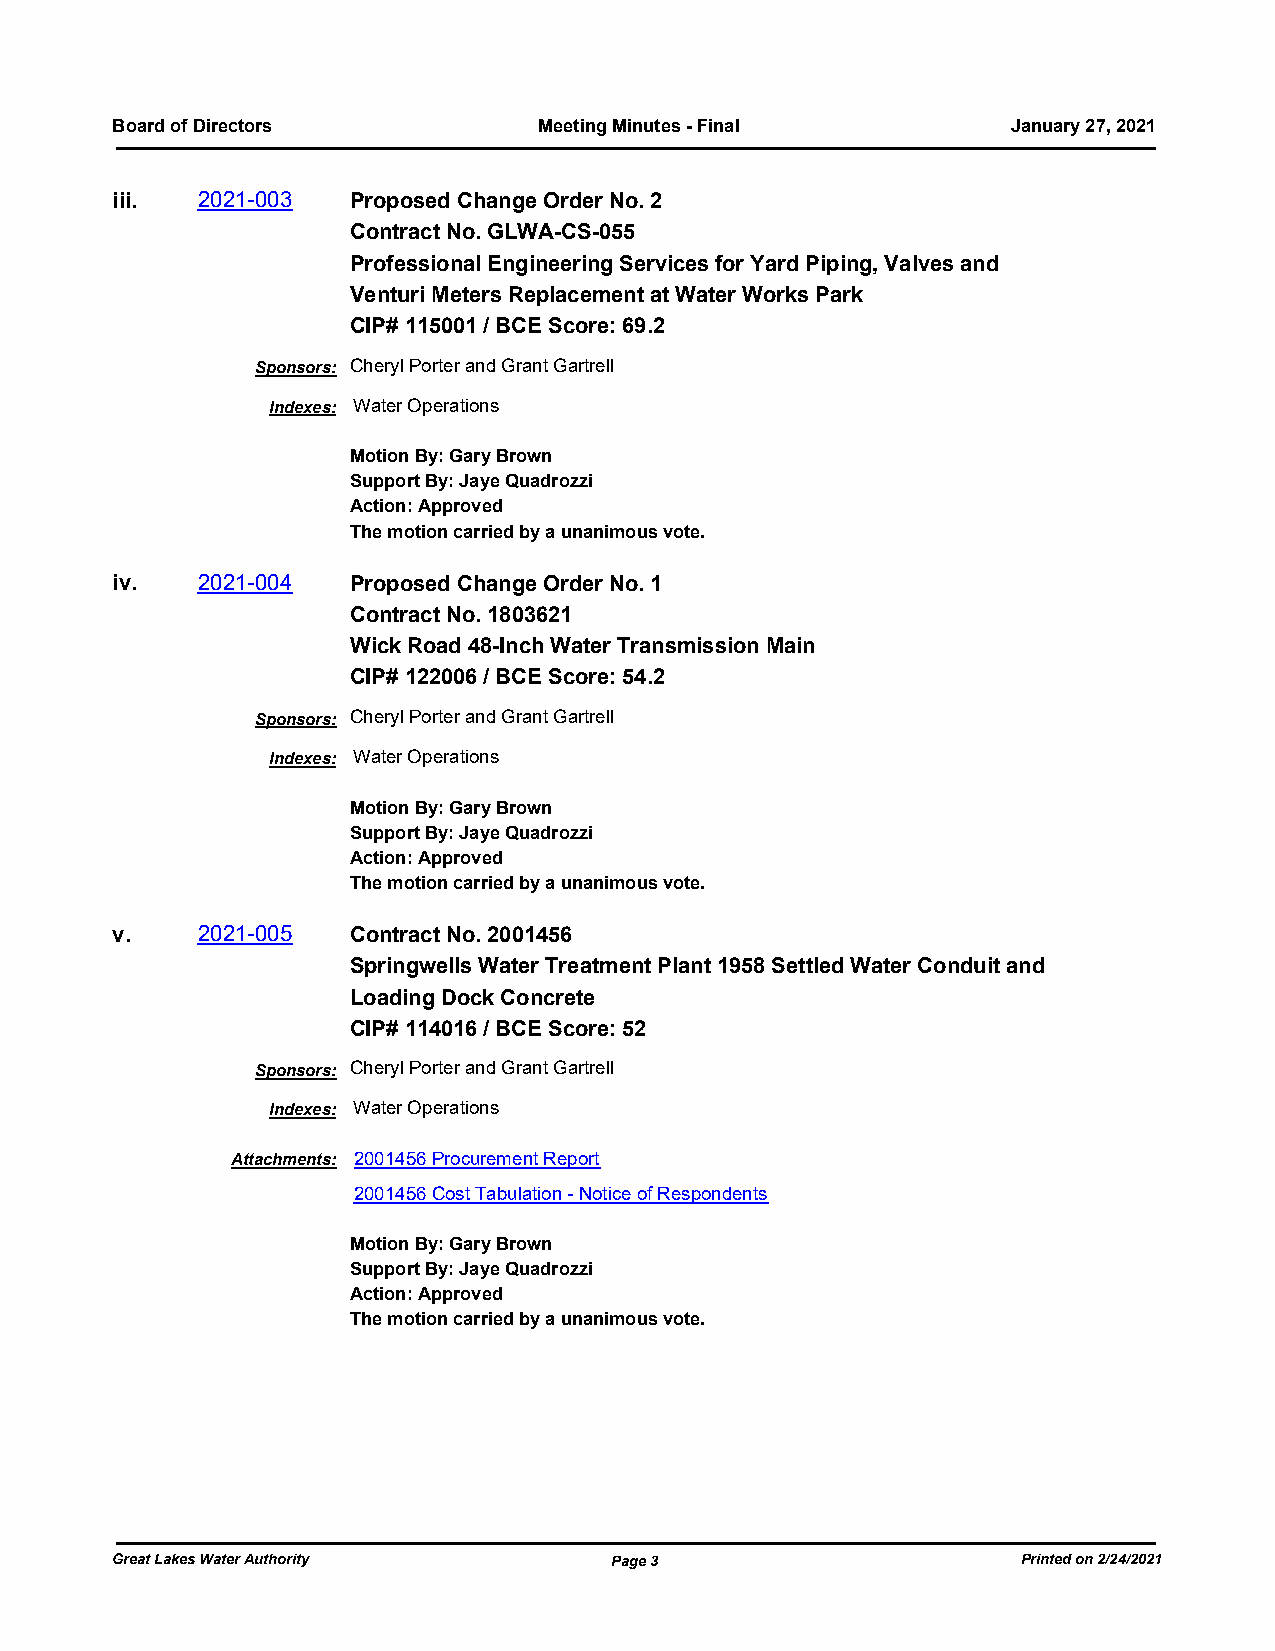
Board of Directors           Meeting Minutes - Final        January 27, 2021
 iii.  2021-003  Proposed Change Order No. 2
 Contract No. GLWA-CS-055
 Professional Engineering Services for Yard Piping, Valves and
 Venturi Meters Replacement at Water Works Park
 CIP# 115001 / BCE Score: 69.2
 Sponsors: Cheryl Porter and Grant Gartrell
 Indexes: Water Operations
 Motion By: Gary Brown
 Support By: Jaye Quadrozzi
 Action: Approved
 The motion carried by a unanimous vote.
 iv.   2021-004  Proposed Change Order No. 1
 Contract No. 1803621
 Wick Road 48-Inch Water Transmission Main
 CIP# 122006 / BCE Score: 54.2
 Sponsors: Cheryl Porter and Grant Gartrell
 Indexes: Water Operations
 Motion By: Gary Brown
 Support By: Jaye Quadrozzi
 Action: Approved
 The motion carried by a unanimous vote.
 v.    2021-005  Contract No. 2001456
 Springwells Water Treatment Plant 1958 Settled Water Conduit and
 Loading Dock Concrete
 CIP# 114016 / BCE Score: 52
 Sponsors: Cheryl Porter and Grant Gartrell
 Indexes: Water Operations
 Attachments: 2001456 Procurement Report
 2001456 Cost Tabulation - Notice of Respondents
 Motion By: Gary Brown
 Support By: Jaye Quadrozzi
 Action: Approved
 The motion carried by a unanimous vote.
 Great Lakes Water Authority      Page 3                      Printed on 2/24/2021